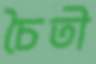
চৈতী